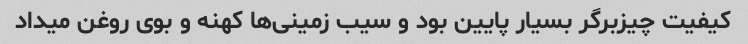
کیفیت چیزبرگر بسیار پایین بود و سیب زمینی‌ها کهنه و بوی روغن میداد